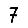
Digit: 7